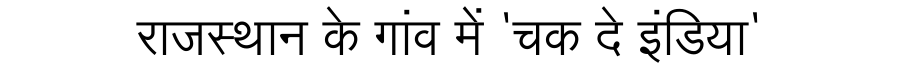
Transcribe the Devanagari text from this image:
राजस्थान के गांव में 'चक दे इंडिया'